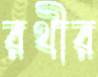
রথীর